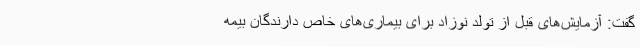
گفت: آزمایش‌های قبل از تولد نوزاد برای بیماری‌های خاص دارندگان بیمه